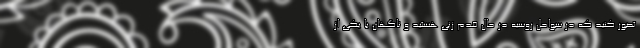
تصور کنید که در سواحل روسیه در حال قدم زنی هستید و ناگهان با یکی از